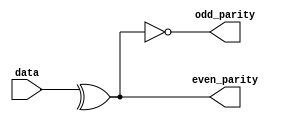
module Parity_Check(
	input [7:0] data,
	output  even_parity,
	output  odd_parity
);

assign even_parity = ^data;// reduction XOR
assign odd_parity  = !(^data);

endmodule